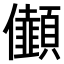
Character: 𠑯